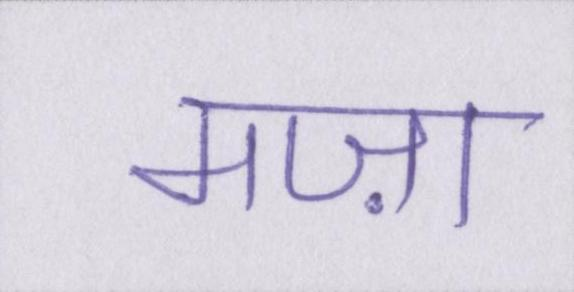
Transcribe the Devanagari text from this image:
मज़ा